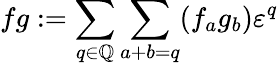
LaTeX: fg:=\sum_{q\in\mathbb{Q}}\sum_{a+b=q}(f_{a}g_{b})\varepsilon^{q}